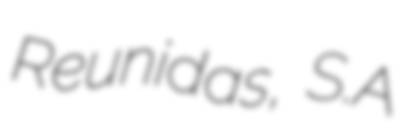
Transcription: Reunidas, S.A